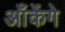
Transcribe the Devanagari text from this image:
आँकेंगे